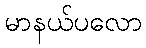
မာနယ်ပလော